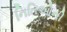
નિતિઓની